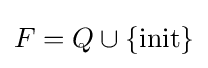
F=Q\cup \{{\text{init}}\}